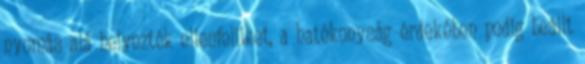
nyomás alá helyezték ellenfelüket, a hatékonyság érdekében pedig beállt